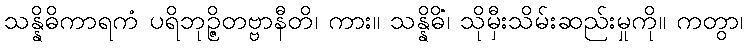
သန္နိဓိကာရကံ ပရိဘုဉ္ဇိတဗ္ဗာနီတိ၊ ကား။ သန္နိဓိံ၊ သိုမှီးသိမ်းဆည်းမှုကို။ ကတွာ၊